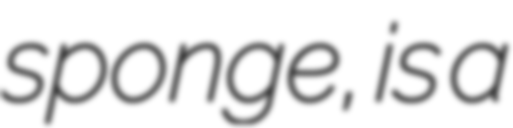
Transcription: sponge, is a